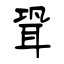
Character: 聓